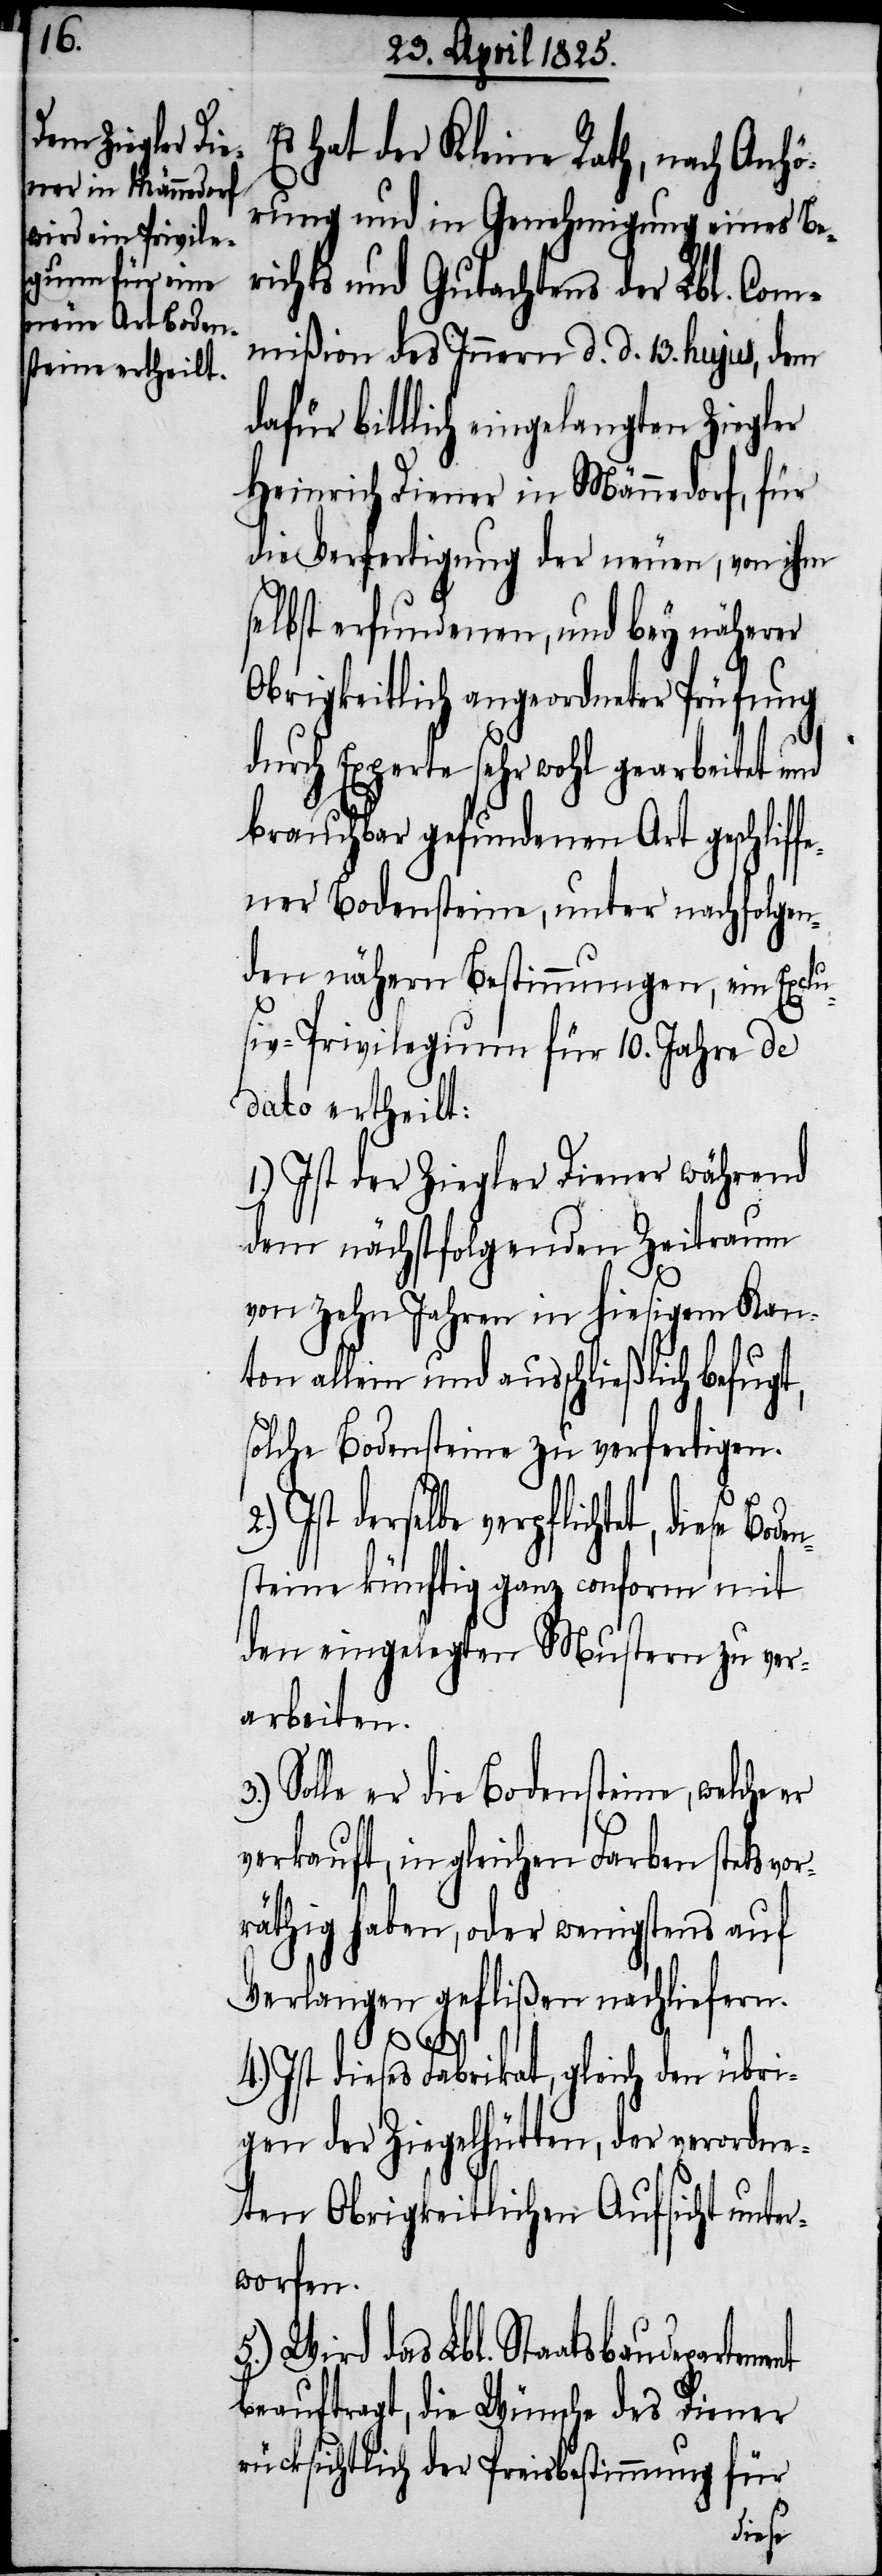
Es hat der kleine Rath, nach Anhö¬
rung und in Genehmigung eines Be¬
richts und Gutachtens der Lbl. Com¬
mißion des Innern d. d. 13. hujus, dem
dafür bittlich eingelangten Ziegler
Heinrich Diener in Männedorf, für
die Verfertigung der neuen, von ihm
selbst erfundenen, und bey näherer
Obrigkeitlich angeordneter Prüfung
durch Experte sehr wohl gearbeitet und
brauchbar gefundenen Art geschlif¬
fener Bodensteine, unter nachfolgen¬
den nähern Bestimmungen, ein Excl¬
usiv-Privilegium für 10. Jahre de
dato ertheilt:
1.) Ist der Ziegler Diener während
dem nächstfolgenden Zeitraum
von Zehn Jahren in hiesigem Kan¬
ton allein und ausschließlich befugt,
solche Bodensteine zu verfertigen.
Ist derselbe verpflichtet,
steine künftig ganz conform mit
den eingelegten Mustern zu ver¬
arbeiten.
Solle er die Bodensteine, welche
verkauft, in gleichen Farben stets vor¬
räthig haben, oder wenigstens auf
Verlangen geflißen nachliefern.
tement
4.) Ist dieses Fabrikat, gleich den übri¬
gen der Ziegelhütten, der verordne¬
ten Obrigkeitlichen Aufsicht unter¬
worfen.
5.) Wird das Lbl. Staatsbaudepar¬
beauftragt, die Wünsche des Diener
rücksichtlich der Preisbestimmung für
diese